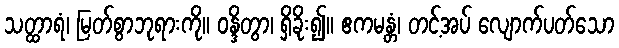
သတ္ထာရံ၊ မြတ်စွာဘုရားကို။ ဝန္ဒိတွာ၊ ရှိခိုး၍။ ဧကမန္တံ၊ တင့်အပ် လျောက်ပတ်သော